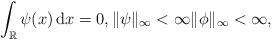
LaTeX: \begin{align*} \int_{\mathbb{R}} \psi(x)\,\mathrm{d}x = 0, \|\psi\|_{\infty} <\infty \|\phi\|_{\infty} <\infty,\end{align*}